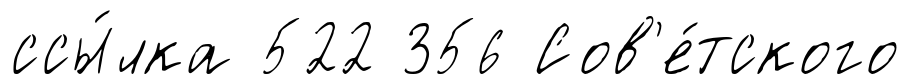
ссы́лка 522 356 Сов'е́тского